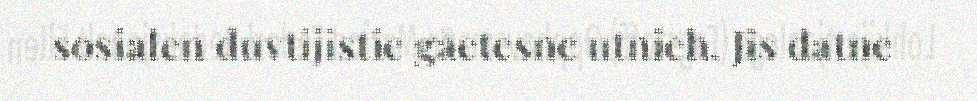
sosialen duvtijistie gåetesne utnieh. Jis datne